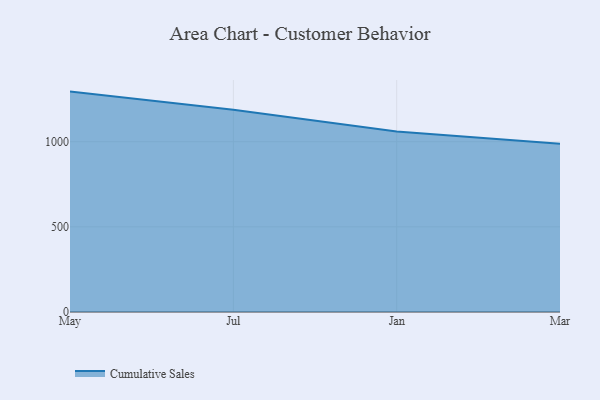
{"axis": {"x": "Month", "y": "Humidity (%)"}, "legend": ["Cumulative Sales"], "data": [{"x": "May", "y": 1294.2, "type": "Cumulative Sales"}, {"x": "Jul", "y": 1188.1, "type": "Cumulative Sales"}, {"x": "Jan", "y": 1060.0, "type": "Cumulative Sales"}, {"x": "Mar", "y": 988.5, "type": "Cumulative Sales"}]}